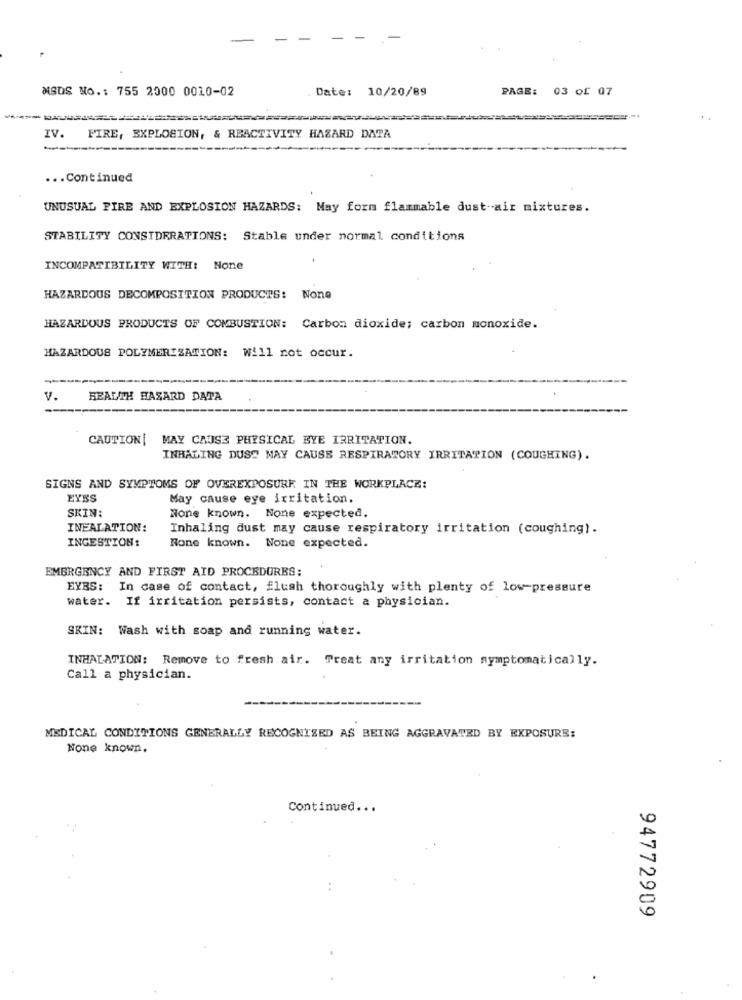
-
MSDS No .: 755 2000 0010-02
Date: 10/20/89
PAGE: 03 of 07
IV.
FIRE, EXPLOSION, & REACTIVITY HAZARD DATA
----
... Continued
UNUSUAL FIRE AND EXPLOSION HAZARDS: May form flammable dust-air mixtures.
STABILITY CONSIDERATIONS: Stable under normal conditions
INCOMPATIBILITY WITH: None
HAZARDOUS DECOMPOSITION PRODUCTS: None
HAZARDOUS PRODUCTS OF COMBUSTION: Carbon dioxide; carbon monoxide.
HAZARDOUS POLYMERIZATION: Will not occur.
V.
HEALTH HASARD DATA
CAUTION [
MAY CAUSE PHYSICAL EYE IRRITATION.
INHALING DUST MAY CAUSE RESPIRATORY IRRITATION (COUGHING).
SIGNS AND SYMPTOMS OF OVEREXPOSURE IN THE WORKPLACE:
EYES
May cause eye irritation.
SKIN:
None known. None expected.
INEALATION:
Inhaling dust may cause respiratory irritation (coughing).
INGESTION:
None known. None expected.
EMERGENCY AND FIRST AID PROCEDURES:
EYES: In case of contact, flush thoroughly with plenty of low-pressure
water. If irritation persists, contact a physician.
SKIN: Wash with soap and running water.
INHALATION: Remove to fresh air. Preat any irritation symptomatically.
Call a physician.
MEDICAL CONDITIONS GENERALLY RECOGNIZED AS BEING AGGRAVATED BY EXPOSURE:
None known.
Continued ...
94772909